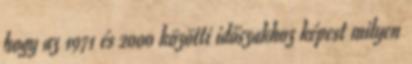
hogy az 1971 és 2000 közötti időszakhoz képest milyen